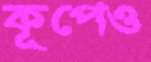
কূপেও